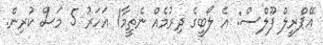
އޭޕްރީލް ފޫލްސް: އެ ލޯބީގެ ދިރުމެއް ނެތީމާ1 އަހަރު 5 މަސް ކުރިން.